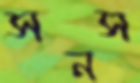
সনস